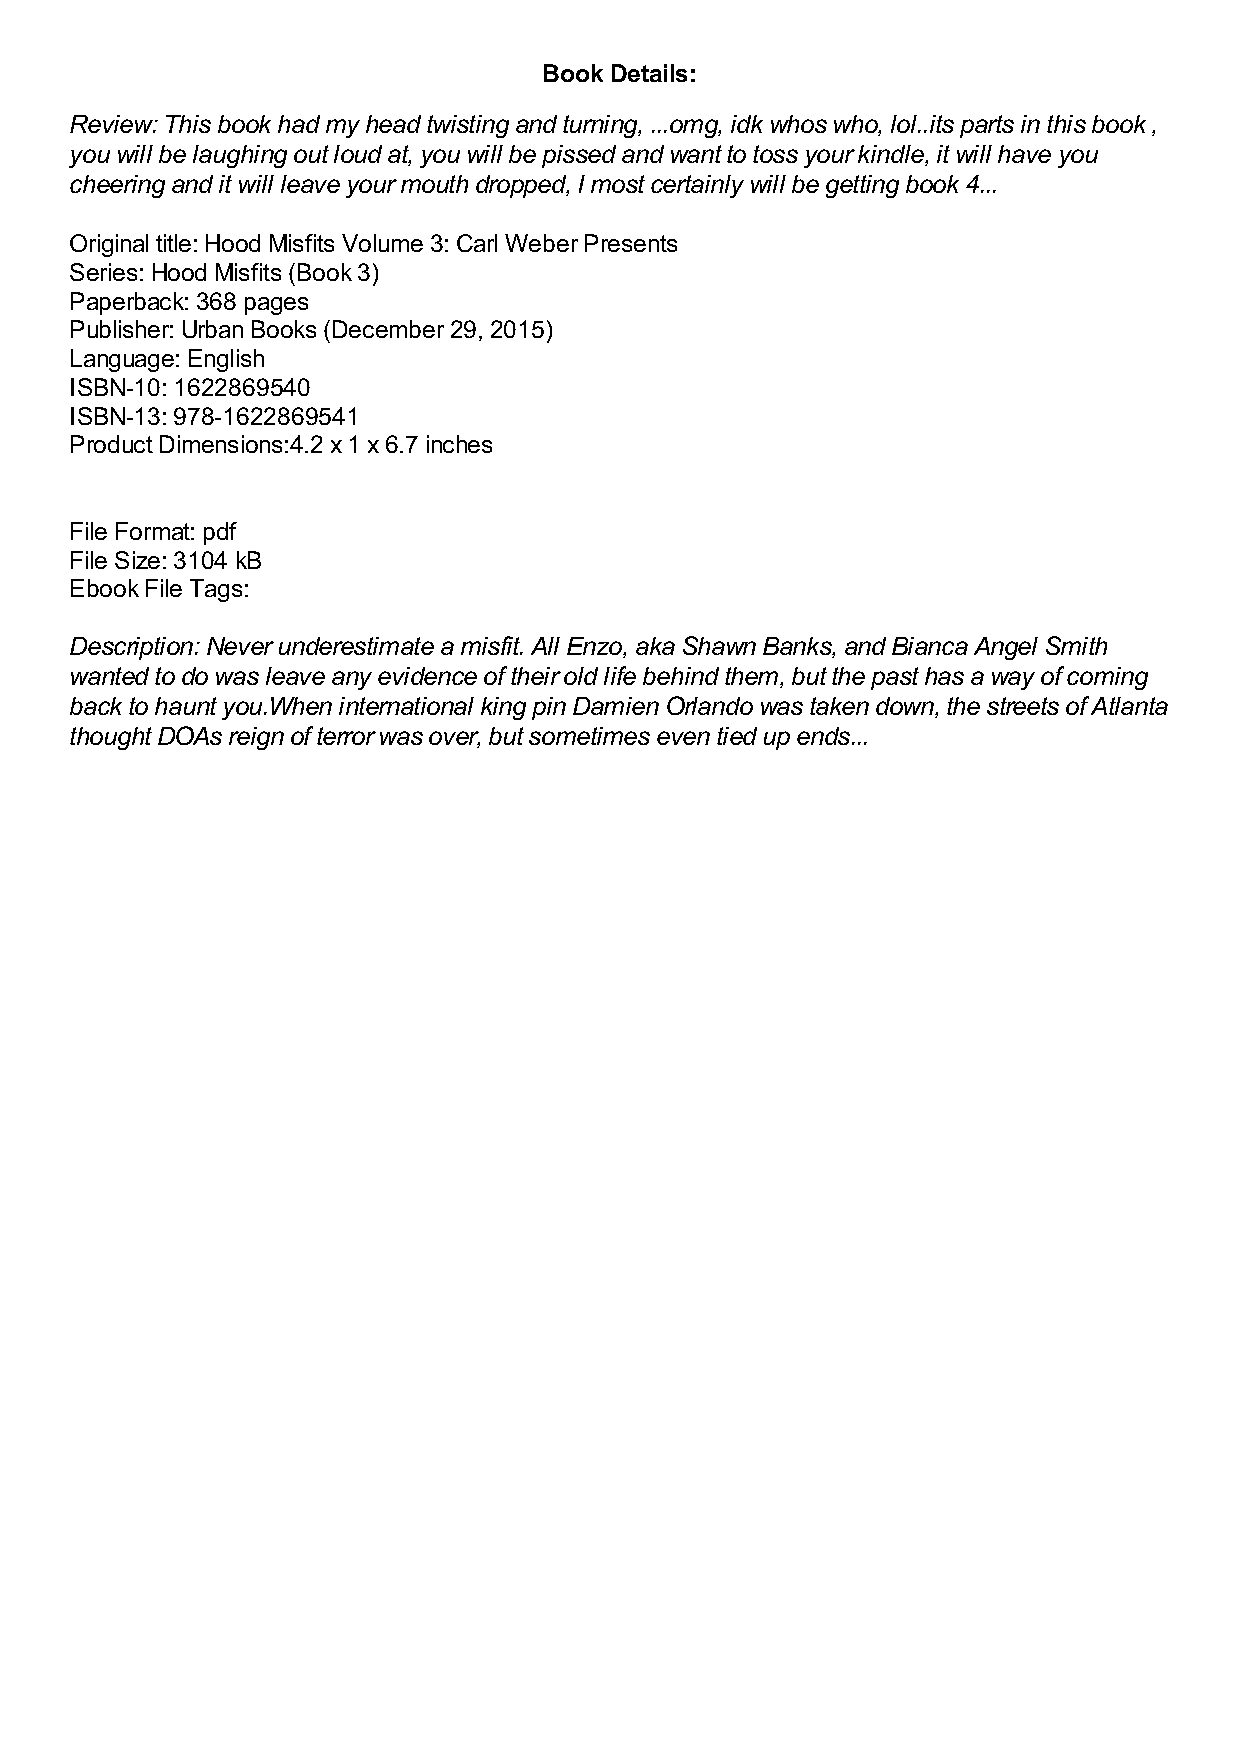
Book Details:
 Review: This book had my head twisting and turning, ...omg, idk whos who, lol..its parts in this book ,
 you will be laughing out loud at, you will be pissed and want to toss your kindle, it will have you
 cheering and it will leave your mouth dropped, I most certainly will be getting book 4...
 Original title: Hood Misfits Volume 3: Carl Weber Presents
 Series: Hood Misfits (Book 3)
 Paperback: 368 pages
 Publisher: Urban Books (December 29, 2015)
 Language: English
 ISBN-10: 1622869540
 ISBN-13: 978-1622869541
 Product Dimensions:4.2 x 1 x 6.7 inches
 File Format: pdf
 File Size: 3104 kB
 Ebook File Tags:
 Description: Never underestimate a misfit. All Enzo, aka Shawn Banks, and Bianca Angel Smith
 wanted to do was leave any evidence of their old life behind them, but the past has a way of coming
 back to haunt you.When international king pin Damien Orlando was taken down, the streets of Atlanta
 thought DOAs reign of terror was over, but sometimes even tied up ends...